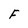
Character: F